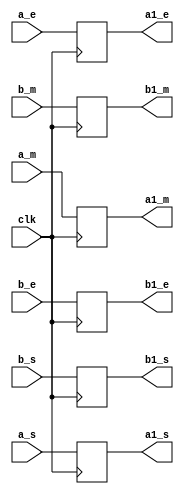
`timescale 1ns / 1ps
//////////////////////////////////////////////////////////////////////////////////
// Company: 
// Engineer: 
// 
// Design Name: 
// Module Name:    buf33 
// Project Name: 
// Target Devices: 
// Tool versions: 
// Description: 
//
// Dependencies: 
//
// Revision: 
// Revision 0.01 - File Created
// Additional Comments: 
//
//////////////////////////////////////////////////////////////////////////////////
module buf33(
    input [23:0] a_m,
    input [23:0] b_m,
    input [7:0] a_e,
    input [7:0] b_e,
    input a_s,
    input b_s,
    input clk,
    output reg [23:0] a1_m,
    output reg [23:0] b1_m,
    output reg [7:0] a1_e,
    output reg [7:0] b1_e,
    output reg a1_s,
    output reg b1_s
    );

always @(posedge clk) begin
a1_m<=a_m;
b1_m<=b_m;
a1_e<=a_e;
b1_e<=b_e;
a1_s<=a_s;
b1_s<=b_s;
end

endmodule